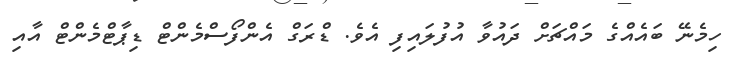
ހިމެނޭ ބައެއްގެ މައްޗަށް ދައުވާ އުފުލައިފި އެވެ. ޑްރަގް އެންފޯސްމެންޓް ޑިޕާޓްމެންޓް އާއި